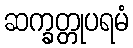
ဆက္ခတ္တုပရမံ